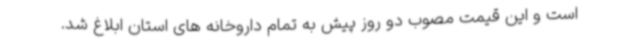
است و این قیمت مصوب دو روز پیش به تمام داروخانه های استان ابلاغ شد.